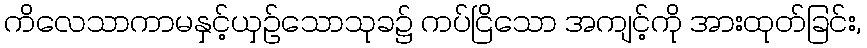
ကိလေသာကာမနှင့်ယှဉ်သောသုခ၌ ကပ်ငြိသော အကျင့်ကို အားထုတ်ခြင်း,